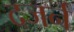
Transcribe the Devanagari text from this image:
दजर्न